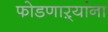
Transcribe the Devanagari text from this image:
फोडणाऱ्यांना